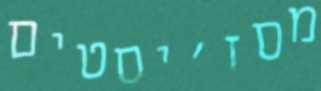
מסז'יסטים